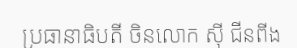
ប្រធានាធិបតី ចិនលោក ស៊ី ជីនពីង